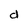
Character: d